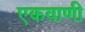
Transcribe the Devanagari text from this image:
एकवाणी